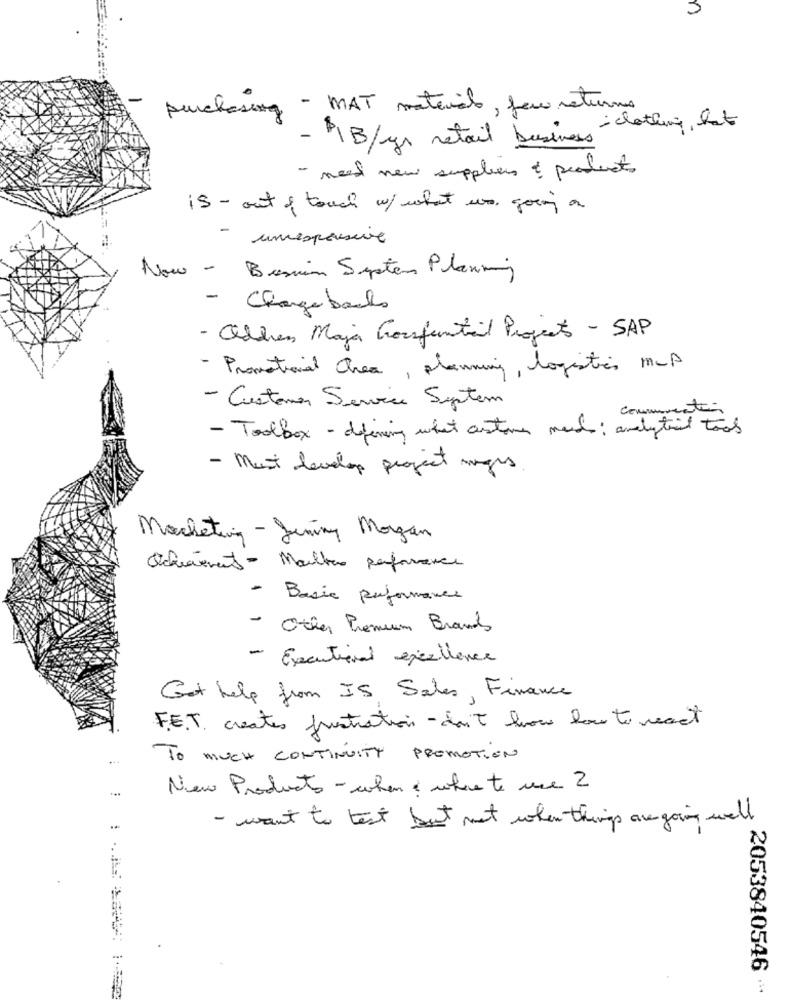
-
purchasing - MAT material, few returns
my- clothing, hat
- PIB/yr retail business
- need new suppliers & products
is - out & touch w/ what we going a
-
unresponsive
Now - Besin System Planning
- Charge backs
- Ordren Maja Confuntal Projects - SAP
- Promotional chea, planning, logistics ms
- Customer Service System
consumenten
- Toolbox - defining what antoine med: analytical toos
- Must develop project magas
Marketing - Jening Morgan
achievement - Mailhas performance
- Basic performance
- Other Premium Brands
- Executional excellence
Get help from IS Sales, Finance
FET creates frustration-doit lou lou to react
TO MUCH CONTINUITY PROMOTION
New Products- when , where te une 2
- want to test but not when things are going well
2053840546 ···